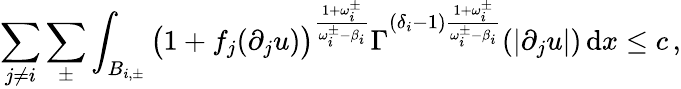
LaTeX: \sum_{j\not=i}\sum_{\pm}\int_{B_{i,\pm}}\big(1+f_{j}(\partial_{j}u)\big)^{\frac{1+\omega_{i}^{\pm}}{\omega_{i}^{\pm}-\beta_{i}}}\Gamma^{(\delta_{i}-1)\frac{1+\omega_{i}^{\pm}}{\omega_{i}^{\pm}-\beta_{i}}}(|\partial_{j}u|)\, \mathrm{d}x\leq c\, ,